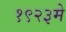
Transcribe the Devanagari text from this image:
१९२३मे